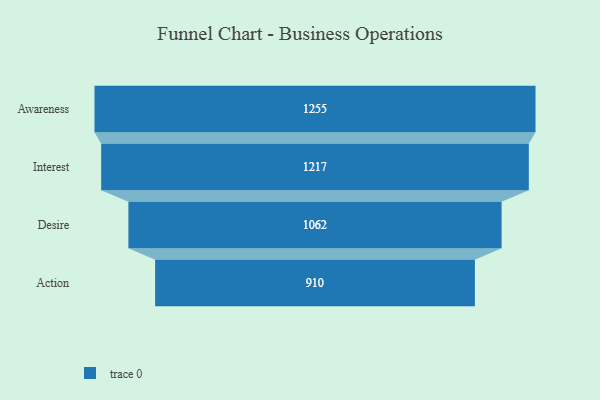
{"axis": {"x": "Stage", "y": "Value"}, "legend": [""], "data": [{"x": "Awareness", "y": 1255.0, "type": ""}, {"x": "Interest", "y": 1217.0, "type": ""}, {"x": "Desire", "y": 1062.0, "type": ""}, {"x": "Action", "y": 910.0, "type": ""}]}